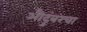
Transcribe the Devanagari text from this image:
औदुंबरचा